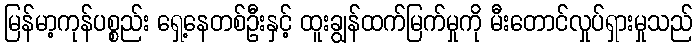
မြန်မာ့ကုန်ပစ္စည်း ရှေ့နေတစ်ဦးနှင့် ထူးချွန်ထက်မြက်မှုကို မီးတောင်လှုပ်ရှားမှုသည်